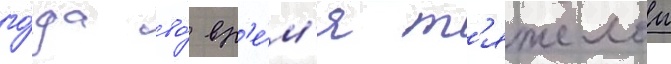
го́да во́ вр'е́м'я т'яжелои